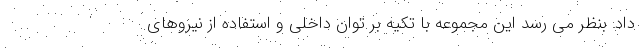
داد: بنظر می رسد این مجموعه با تکیه بر توان داخلی و استفاده از نیروهای